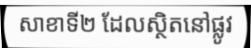
សាខាទី២ ដែលស្ថិតនៅផ្លូវ